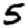
Digit: 5